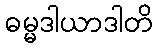
ဓမ္မဒါယာဒါတိ